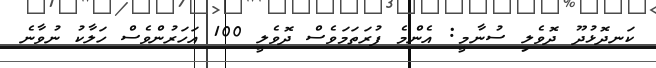
ކަނދޮޅުދޫ ދޮވެލި ސުނާމީ: އެންމެ ފުރަތަމަވެސް ދޮވެލީ 100 އަހަރުންވެސް ހަލާކު ނުވާނެ